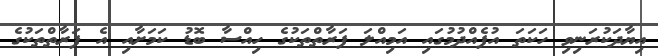
އިޔާދަކުރަނިވި ހަކަތަ އުފެއްދުމުގައި އަމިއްލަ ފަރާތްތަކުގެ ހިއްސާ ބޮޑު ކަމަށާއި އެ ފަރާތްތަކުގެ